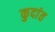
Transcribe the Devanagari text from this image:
कुदांत